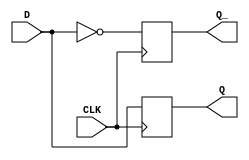
module D_flip_flop (
    input D,
    input CLK,
    output reg Q,
    output reg Q_
);

always @ (negedge CLK)
begin
    Q <= D;
    Q_ <= ~D;
end

endmodule